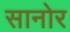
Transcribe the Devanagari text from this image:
सानोर